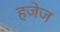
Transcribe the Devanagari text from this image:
हजेज